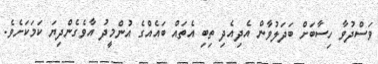
ވަސްދުވާ ހިސާބަށް ބަދަލުވާން އެދިއެދި ތިބި އެތައް ބައެއްގެ އުންމީދު އާވެގެންދިޔަ ކަމަކަށެވެ.